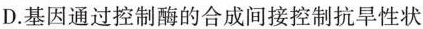
D.基因通过控制酶的合成间接控制抗旱性状